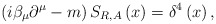
\begin{align*}\left( i\beta _{\mu }\partial ^{\mu }-m\right) S_{R,A}\left( x\right)=\delta ^{4}\left( x\right) , \end{align*}